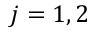
j = 1 , 2